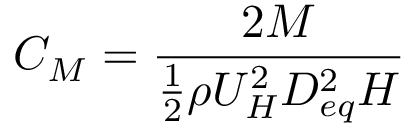
C _ { M } = \frac { 2 M } { \frac { 1 } { 2 } \rho U _ { H } ^ { 2 } D _ { e q } ^ { 2 } H }